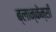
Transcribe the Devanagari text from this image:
ब्लान्केन्सी